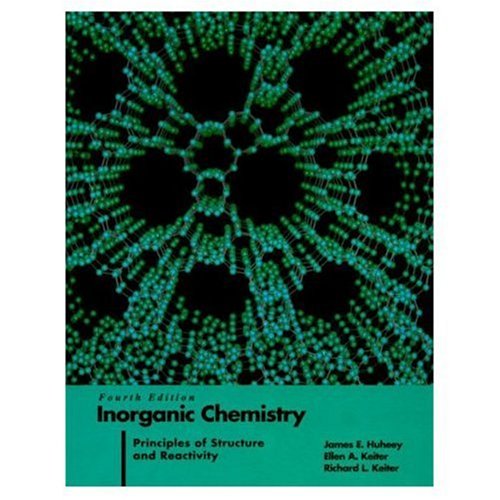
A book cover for Inorganic Chemistry: Principles of Structure and Reactivity (4th Edition); James E. Huheey; Science & Math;